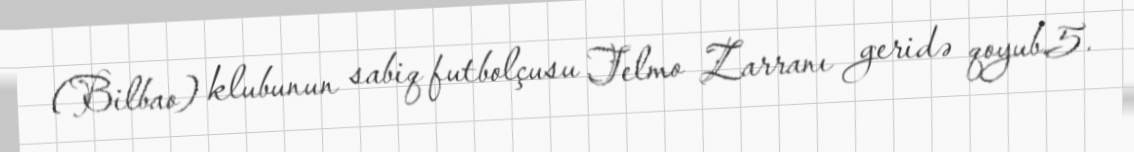
(Bilbao) klubunun sabiq futbolçusu Telmo Zarranı geridə qoyub.5.